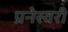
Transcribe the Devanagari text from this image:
प्रनेस्वरी